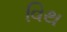
વિથ